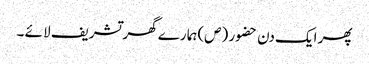
پھر ایک دن حضو ر (ص)ہما رے گھر تشریف لا ئے ۔